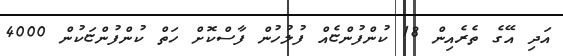
އަދި އޭގެ ތެރެއިން 18 ކުންފުންޏެއް ފުލުހުން ފާސްކޮށް ހަތް ކުންފުންޏަކުން 4000